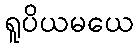
ရူပိယမယေ